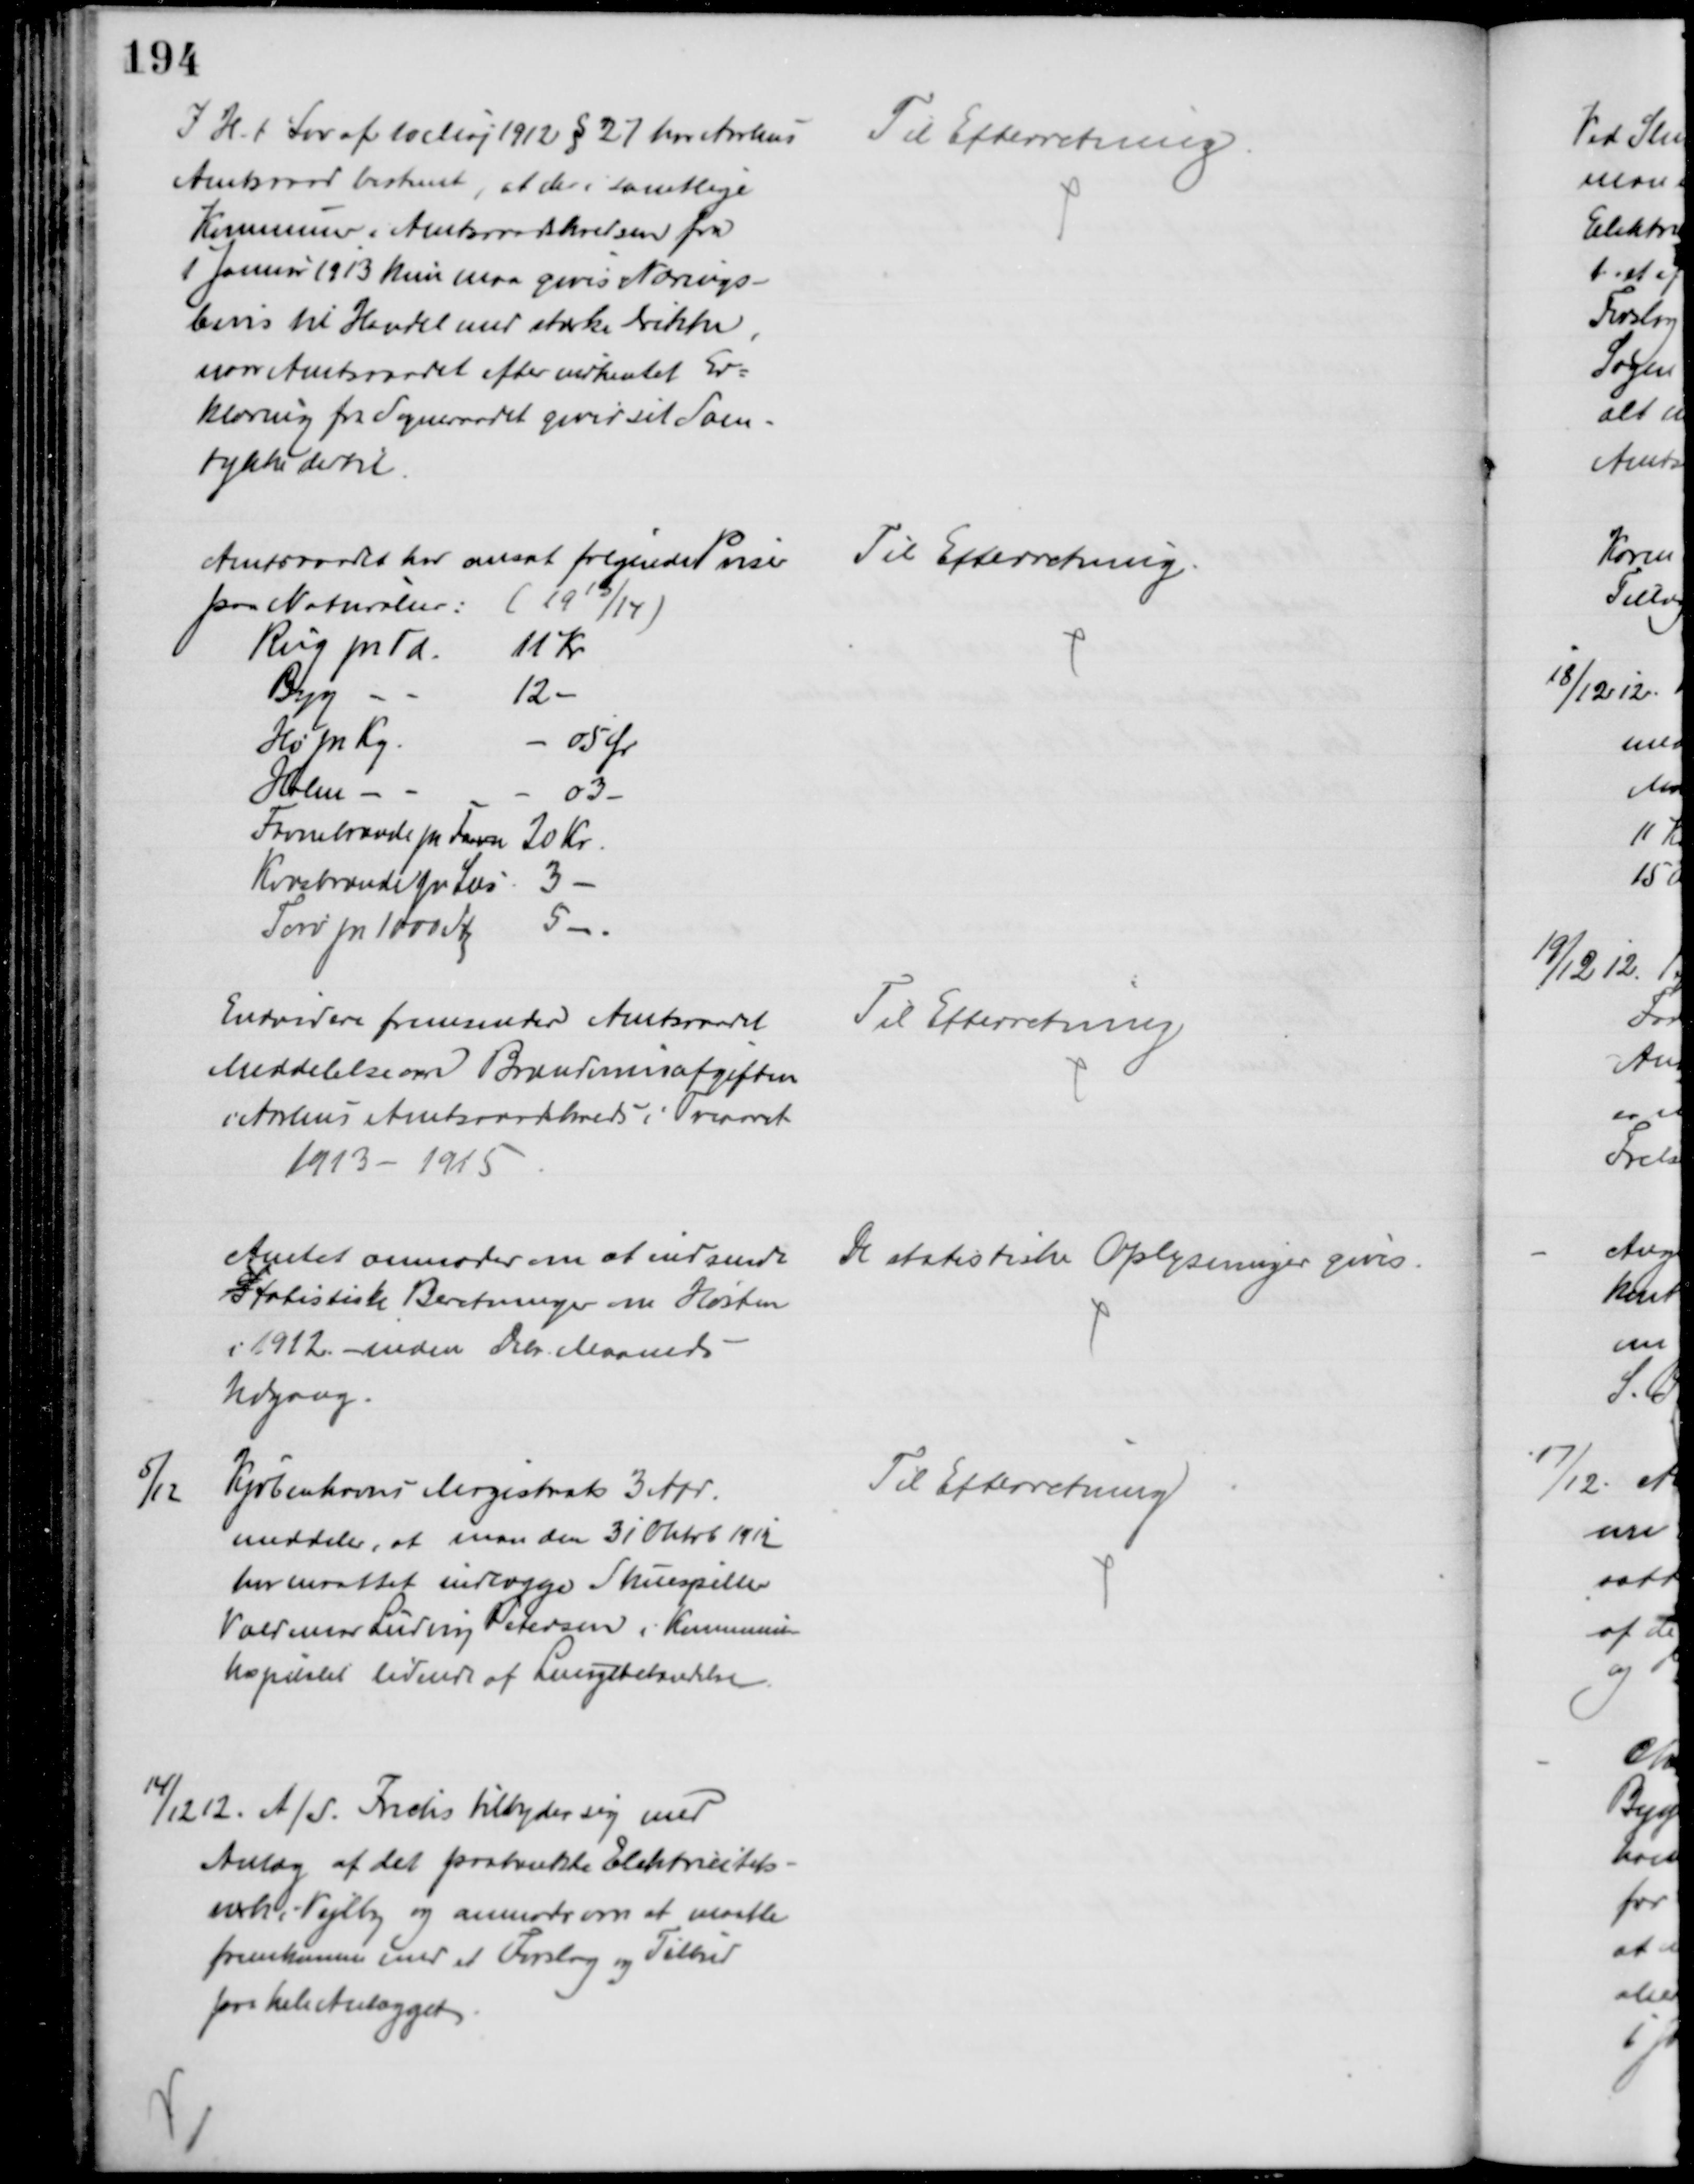
Transskription:
I H. t. Lov af 10 Maj 1912 § 27 har Aarhus
Amtsraad bestemt, at der i samtlige
Kommuner i Amtsraadskredsen fra
1 Januar 1913 kun maa gives Nærings-
bevis til Handel med stærke Drikke,
naar Amtsraadet efter indhentet Er=
klæring fra Sogneraadet giver sit Sam-
tykke dertil.
Til Efterretning
Amtsraadet har ansat følgende Priser
paa Naturalier:
(1913/14)
Rug pr Td.
11 Kr
Byg
12
Hø pr Kg.
05 Ør
Halm
03
Favnebrænde pr Favn
20 Kr.
Kvasbrænde pr Læs
3
Tørv pr 1000 Stk
5
Til Efterretning.
Endvidere fremsender Amtsraadet
Meddelelse om Brændevinsafgiften
i Aarhus Amtsraadskreds i Treaaret
1913 - 1915
Til Efterretning
Amtet anmoder om at indsende
statistiske Beretninger om Høsten
i 1912 - inden Dcbr Maaneds
Udgang.
De statistiske Oplysninger gives.
5/12
Københavns Magistrats 3 Afd.
meddeler, at man den 31 Oktob 1912
har maattet indlægge Skuespiller
Valdemar Ludvig Petersen i Kommune-
hospitalet lidende af Lungebetændelse.
Til Efterretning
14/12 12. A/S. Frichs tilbyder sig med
Anlæg af det paatænkte Elektricitets-
værk i Vejlby og anmoder om at maatte
fremkomme med et Forslag og Tilbud
paa hele Anlægget